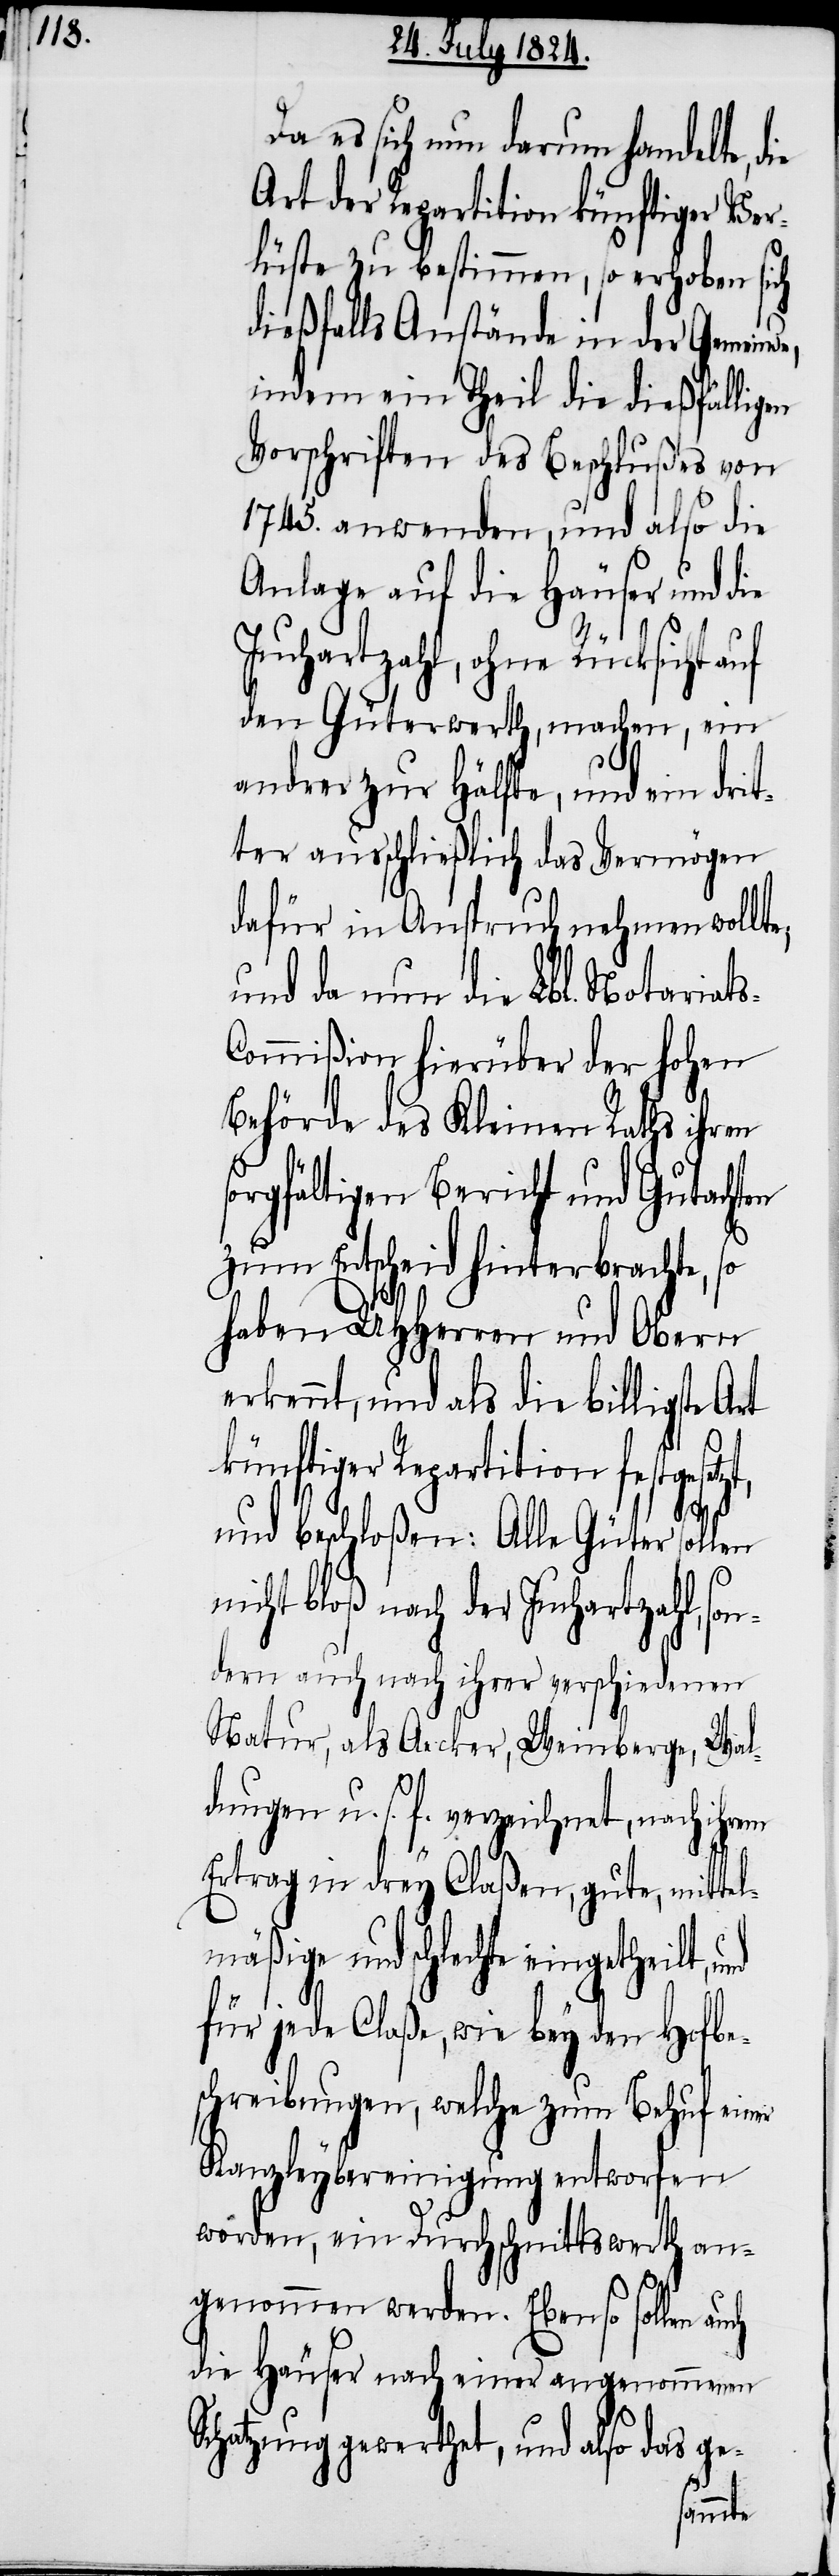
Da es sich nun darum handelte, die
Art der Repartition künftiger Ver¬
lüste zu bestimmen, so erhoben sich
dießfalls Anstände in der Gemein¬
indem ein Theil die dießfälligen
Vorschriften des Beschlußes von
1745. anwenden, und also die
Anlage auf die Häuser und die
Juchartzahl, ohne Rücksicht auf
den Güterwerth, machen, ein
andrer zur Hälfte, und ein drit¬
ter ausschließlich das Vermögen
dafür in Anspruch nehmen wollt¬
und da nun die Lbl. Notariat¬
ommißion hierüber der hohen
Behörde des Kleinen Raths ihren
sorgfältigen Bericht und Gutachten
zum Entscheid hinterbrachte, so
haben UHHerren und Obern
erkennt, und als die billigste
künftiger Repartition festgeset¬
len n¬
und beschloßen: Alle Güter sol¬
icht bloß nach der Juchartzahl, so¬
ndern auch nach ihrer verschiedenen
Natur, als Acker, Weinberg, Wal¬
dungen u. s. f. verzeichnet, nach ihrem
Ertrag in drey Claßen, gute, mitte¬
lmäßige und schlechte
für jede Claße, wie bey den Hofbe¬
schreibungen, welche zum Behuf einer
Kanzleybereinigung entworfen
worden, ein Durchschnittswerth an¬
genommen werden. Ebenso sollen
die Häuser nach einer angenommenen
Schatzung gewerthet, und also das ge-